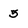
Character: 5